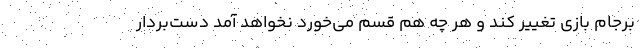
برجام بازی تغییر کند و هر چه هم قسم می‌خورد نخواهد آمد دست‌بردار